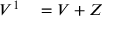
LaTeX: \begin{array} { r l } { V ^ { 1 } } & { { } = V + Z } \end{array}